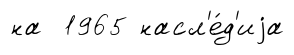
на 1965 насл'е́д'иjа